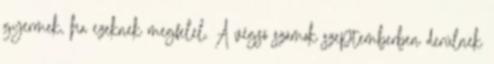
gyermek, ha ezeknek megfelel. A végső számok szeptemberben derülnek